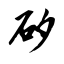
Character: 矽